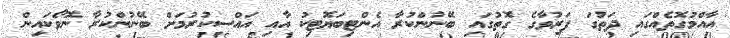
އާއްމުގޮތެއްގައި ދަތުގަ ފަރުވާގެ ގޮތުގައި ބޭނުންކުރާ އެންޓިބަޔޮޓިކު އާއި އައްސިކުރުމަށް ބޭނުންކުރާ ނޮވޯކައިން